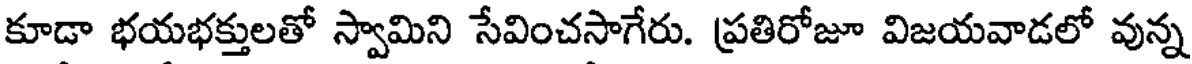
కూడా భయభక్తులతో స్వామిని సేవించసాగేరు. ప్రతిరోజూ విజయవాడలో వున్న